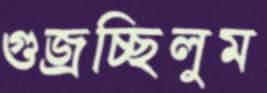
গুজ্‌রচ্ছিলুম